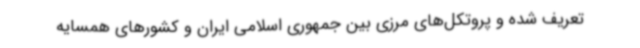
تعریف شده و پروتکل‌های مرزی بین جمهوری اسلامی ایران و کشورهای همسایه